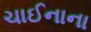
ચાઈનાના